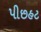
પીછહટ